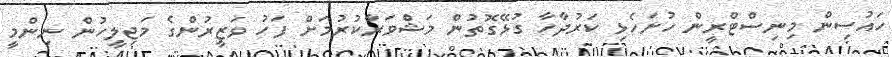
ހައުސިން މިނިސްޓްރީން ހުށަހެޅި ކަރުދާހާ ގުޅޭގޮތުން މަޝްވަރާކުރުމަށް ފަހު ވަޒީރުންގެ މަޖިލީހުން ނިންމީ